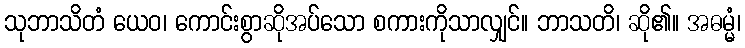
သုဘာသိတံ ယေဝ၊ ကောင်းစွာဆိုအပ်သော စကားကိုသာလျှင်။ ဘာသတိ၊ ဆို၏။ အဓမ္မံ၊